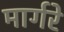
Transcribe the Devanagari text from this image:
मार्गरे